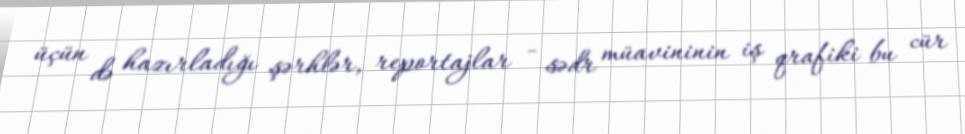
üçün də hazırladığı şərhlər, reportajlar - sədr müavininin iş qrafiki bu cür